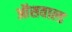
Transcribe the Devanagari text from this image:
ऑसवाल्ड